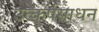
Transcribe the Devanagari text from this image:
उत्कर्षसाधन